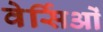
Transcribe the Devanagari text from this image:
वेर्सिओं